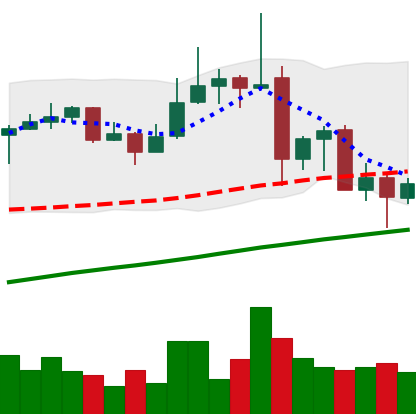
Ticker: ADA-USD
Chart end date: 2019-07-03
Forward return: -3.039%
Label: down_3_5